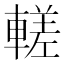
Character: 𬧹